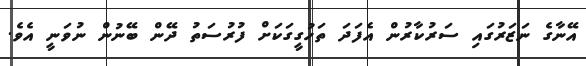
އޭނާގެ ނަޒަރުގައި ސަރުކާރުން އެފަދަ ތަހުގީގަކަށް ފުރުސަތު ދޭން ބޭނުން ނުވަނީ އެވެ.